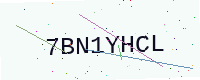
Text: 7BN1YHCL